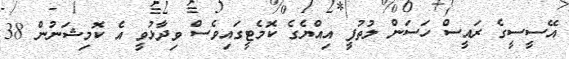
އޭސީސީގެ ރައީސް ހަސަން ލުތުފީ އިއްޔެގެ ކޮމެޓީގައިވެސް ވިދާޅުވީ އެ ކޮމިޝަނުން 38